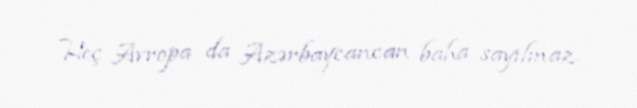
Heç Avropa da Azərbaycancan baha sayılmaz.